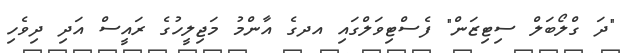
"ދަ ގްލޯބަލް ސިޓިޒަން" ފެސްޓިވަލްގައި އދގެ އާންމު މަޖިލީހުގެ ރައީސް އަދި ދިވެހި